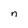
Character: n